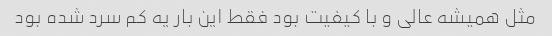
مثل همیشه عالی و با کیفیت بود فقط این بار یه کم سرد شده بود